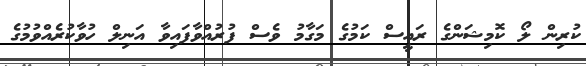
ކުރިން ލޯ ކޮމިޝަންގެ ރައީސް ކަމުގެ މަގާމު ވެސް ފުރުއްވާފައިވާ އަނިލް ހުވާކުރެއްވުމުގެ